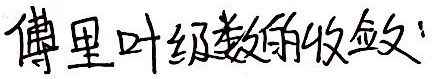
傅里叶级数的收敛